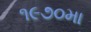
૧૯૭૦મા